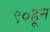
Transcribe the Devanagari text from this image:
९०हून